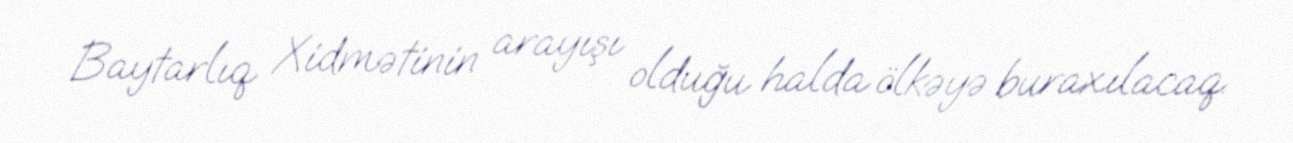
Baytarlıq Xidmətinin arayışı olduğu halda ölkəyə buraxılacaq.